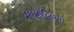
માછલિઓ